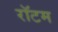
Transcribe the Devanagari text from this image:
रॉटम